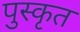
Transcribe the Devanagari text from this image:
पुस्कृत